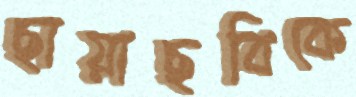
ছায়াছবিকে